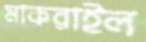
মাকরাইল